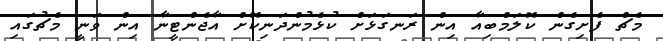
މެޗް ފެށިގެން ކޮލަމްބިއާ އިން ރަނގަޅަށް ކުޅެމުންދަނިކޮށް އާޖެންޓީނާ އިން ވަނީ މެޗުގައި